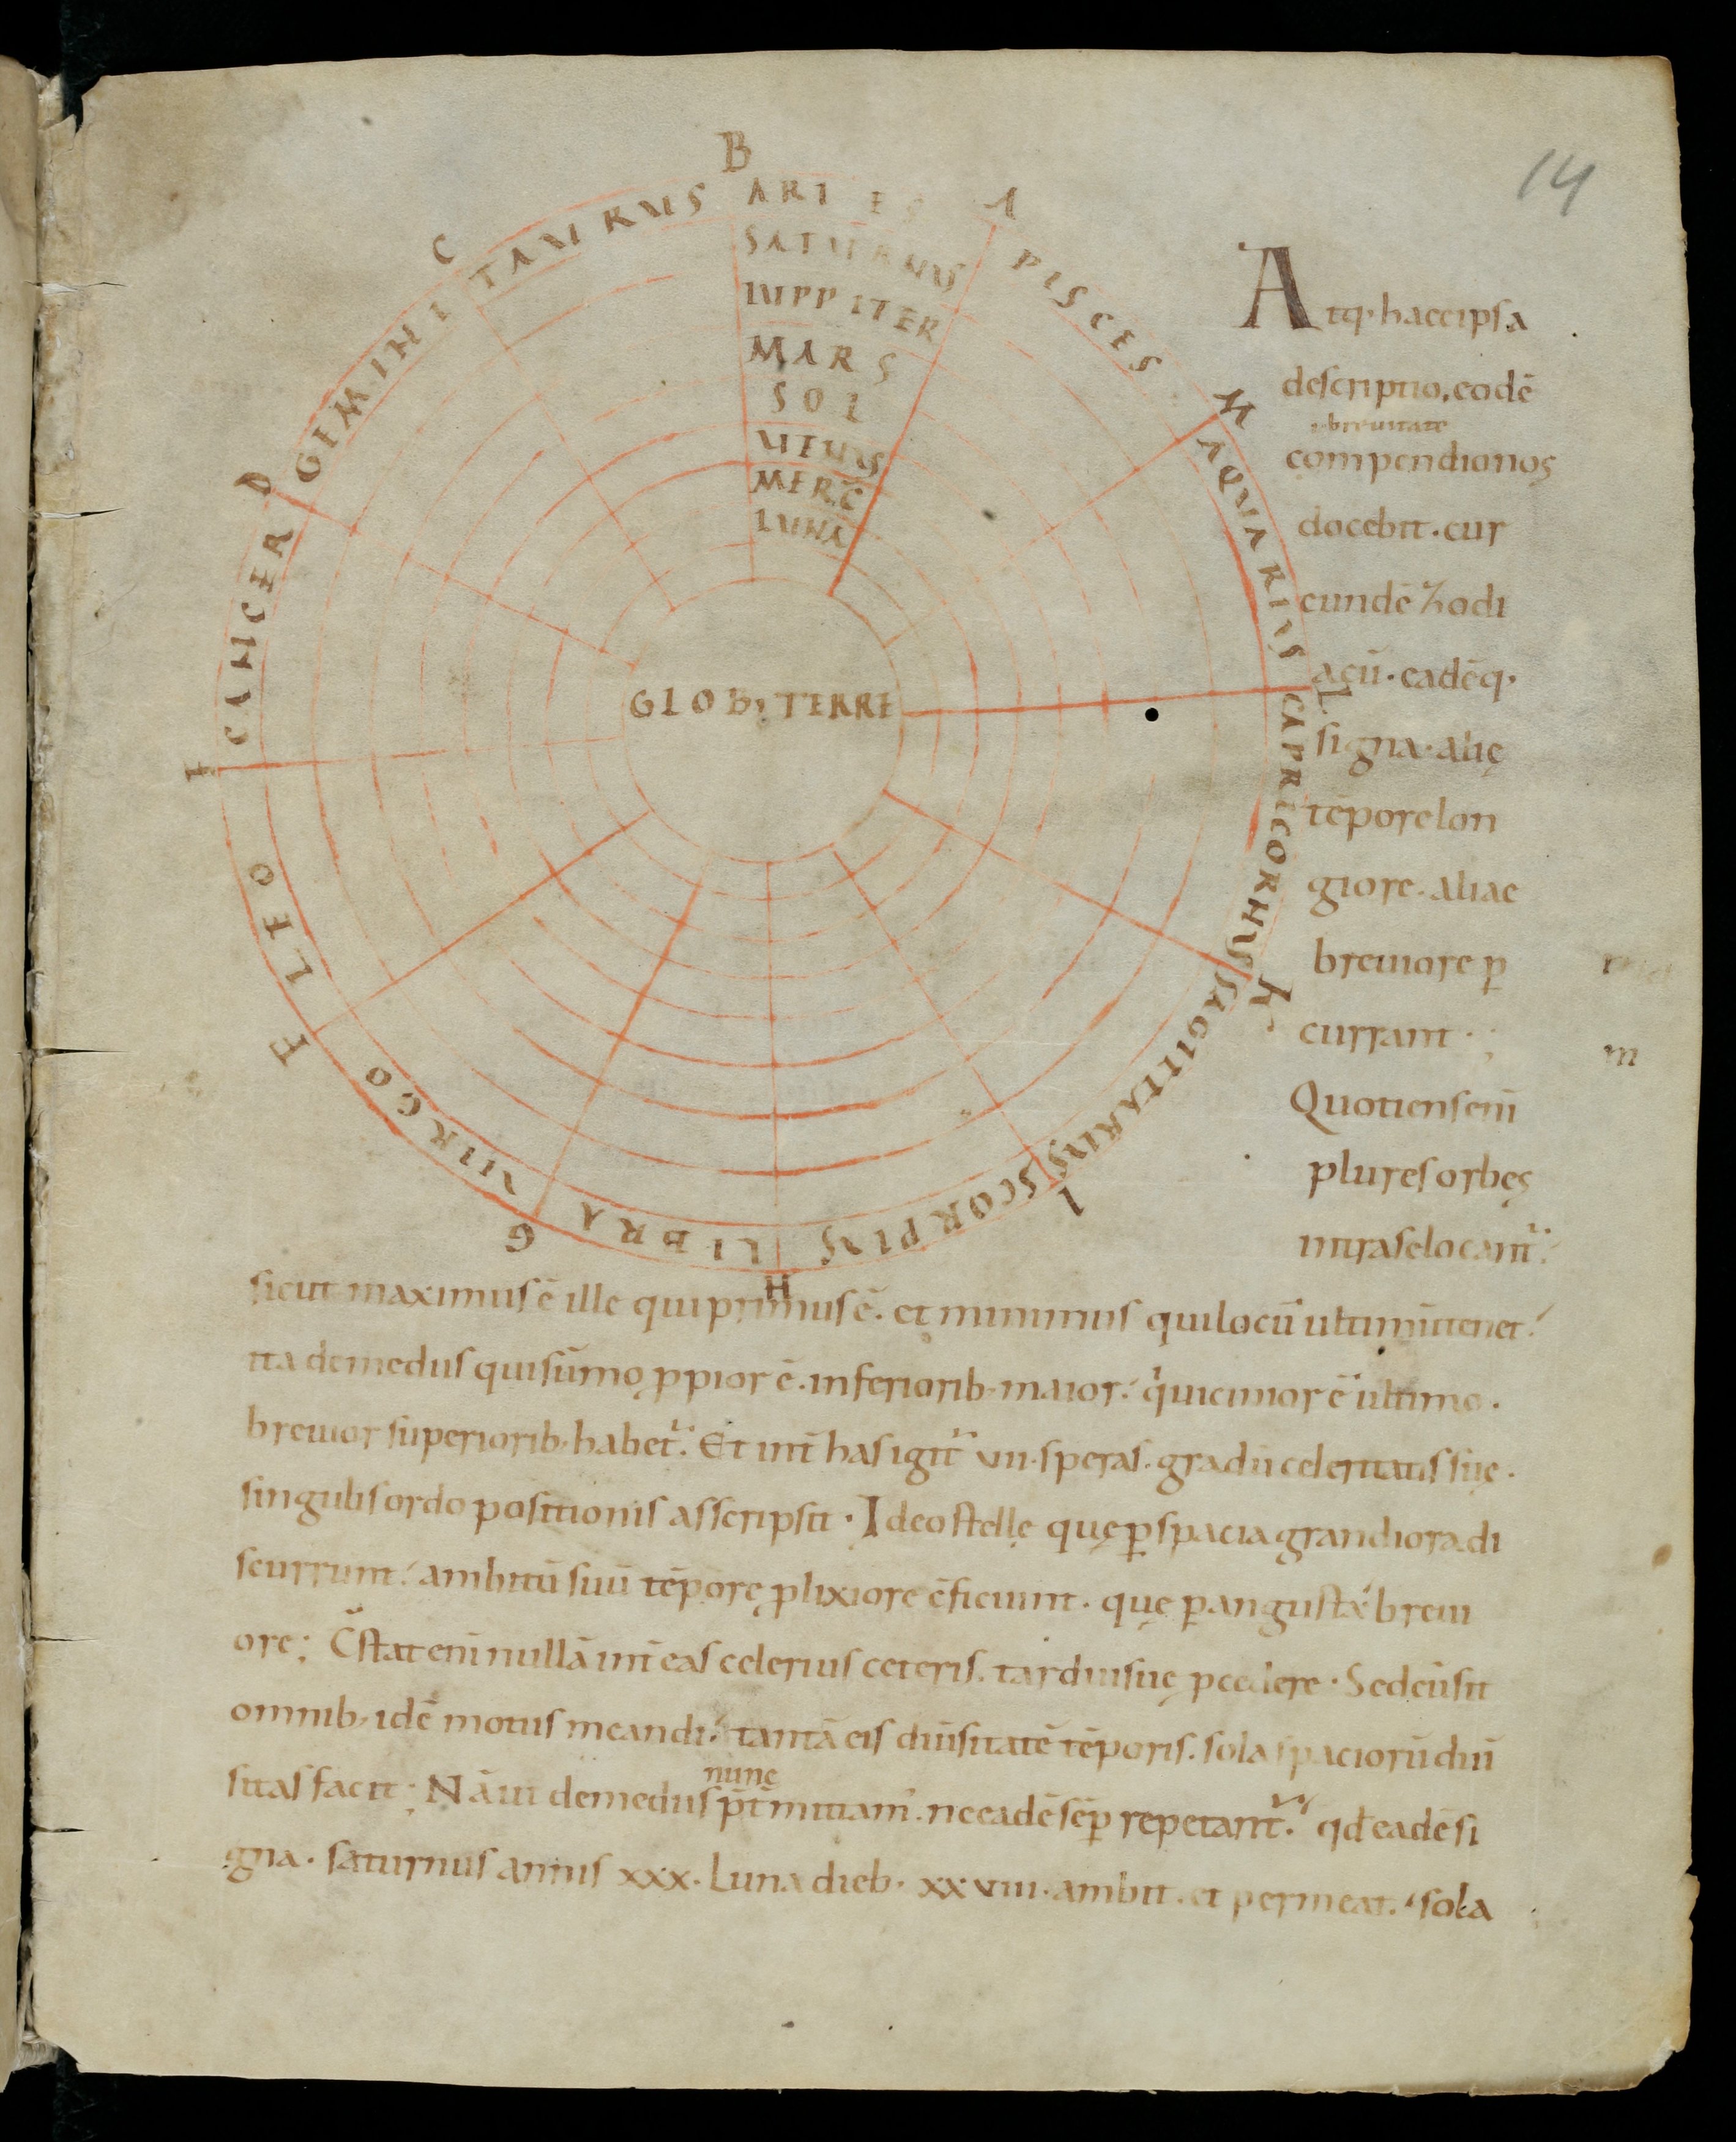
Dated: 965–975